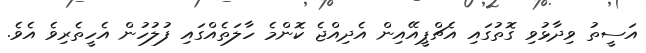
އަސީތު ވިދާޅުވި ގޮތުގައި އެޗްޕީއޭއިން އެދިއްޖެ ކޮންމެ ހާލަތެއްގައި ފުލުހުން އެހީތެރިވެ އެވެ.